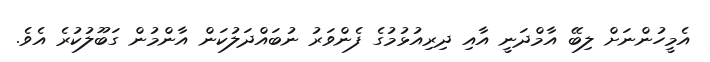
އެމީހުންނަށް ލިބޭ އާމްދަނީ އާއި ދިރިއުޅުމުގެ ފެންވަރު ނުބައްދަލުކަން އާންމުން ގަބޫލުކުރެ އެވެ.